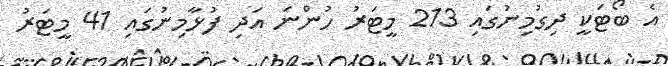
އެ ބޯޓަކީ ދިގުމިނުގައި 213 މީޓަރު ހުންނަ އަދި ފުޅާމިނުގައި 41 މީޓަރު